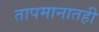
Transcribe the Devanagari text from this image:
तापमानातही